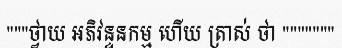
"""ថ្វាយ អភិវន្ទនកម្ម ហើយ ត្រាស់ ថា """""""